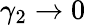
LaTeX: \gamma_{2}\to 0